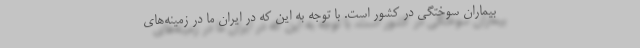
بیماران سوختگی در کشور است. با توجه به این که در ایران ما در زمینه‌های